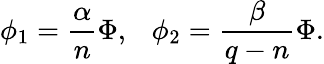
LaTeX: \phi_{1}=\frac{\alpha}{n}\Phi,~~~\phi_{2}=\frac{\beta}{q-n}\Phi.